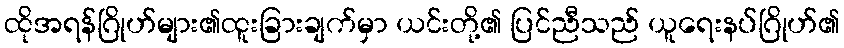
ထိုအရန်ဂြိုဟ်များ၏ထူးခြားချက်မှာ ယင်းတို့၏ ပြင်ညီသည် ယူရေးနပ်ဂြိုဟ်၏